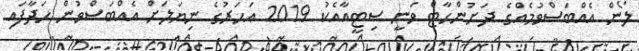
ލޯން އެއްބަސްވުމެއްގެ ދަށުންހާޓް ވަނީ ސިޓީއާއެކު 2019 އަހަރުގެ ނިޔަލަށް އެއްބަސްވުން ހަދާފައި